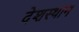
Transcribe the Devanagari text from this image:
देशस्थान